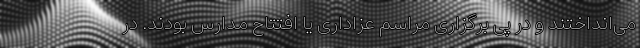
می‌انداختند و در پی برگزاری مراسم عزاداری یا افتتاح مدارس بودند. در